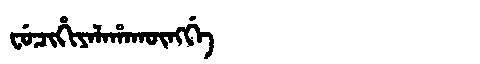
Manchu: ᠸᡠᠴᡳᡥᡳᠶᠠᠯᠠᡥᠠᡴᡡᠩᡤᡝ
Romanization: FUCIHIYALAHAKŪNGGE